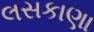
લસકાણા